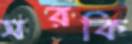
সরকি